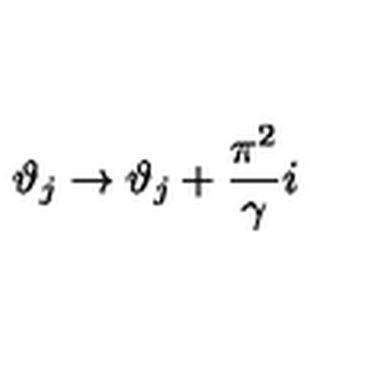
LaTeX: \vartheta _ { j } \rightarrow \vartheta _ { j } + \displaystyle \frac { \pi ^ { 2 } } { \gamma } i